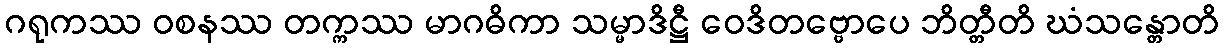
ဂရုကဿ ဝစနဿ တက္ကဿ မာဂဓိကာ သမ္မာဒိဋ္ဌီ ဝေဒိတဗ္ဗောပေ ဘိတ္တီတိ ဃံသန္တောတိ